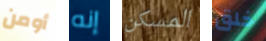
أومن إنه المسكن خلق